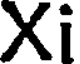
Xi